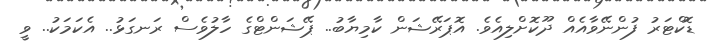
ޑޮކްޓަރު ފުންނޭވާއެއް ދޫކޮށްލިއެވެ. އޮޕަރޭޝަން ކާމިޔާބު.. ޕޭޝަންޓްގެ ހާލުވެސް ރަނގަޅު.. އެކަމަކު.. ވީ